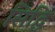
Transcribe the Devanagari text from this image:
सिद्घि